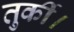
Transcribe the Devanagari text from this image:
तुर्की।